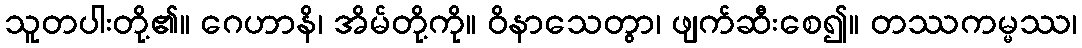
သူတပါးတို့၏။ ဂေဟာနိ၊ အိမ်တို့ကို။ ဝိနာသေတွာ၊ ဖျက်ဆီးစေ၍။ တဿကမ္မဿ၊